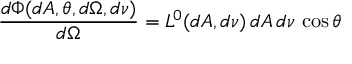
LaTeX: { \frac { d \Phi ( d A , \theta , d \Omega , d \nu ) } { d \Omega } } = L ^ { 0 } ( d A , d \nu ) \, d A \, d \nu \, \cos \theta